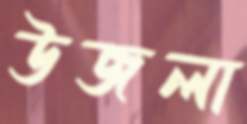
উজলা